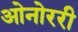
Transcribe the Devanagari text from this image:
ओनोररी